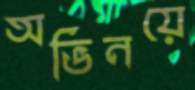
অভিনয়ে